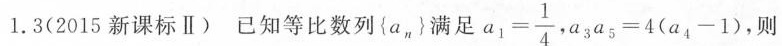
1.3(2015新课标Ⅱ)已知等比数列\left{a^{n}\right}满足 $$a _ { 1 } = \frac { 1 } { 4 }$$ ，$$a ^ { 3 } a ^ { 5} = 4 ( a _ { 4 } - 1 )$$，则